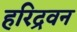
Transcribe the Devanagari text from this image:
हरिद्रवन